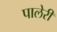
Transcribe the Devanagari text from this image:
पालेरी